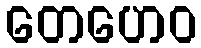
တေဟေဝ